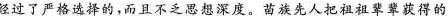
经过了严格的，而且不想深，苗族先人把祖装获得的